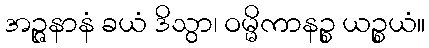
အဉ္ဇနာနံ ခယံ ဒိသွာ၊ ဝမ္မိကာနဉ္စ ယဉ္စယံ။